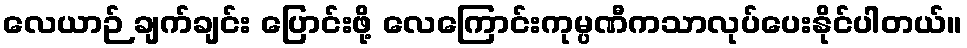
လေယာဉ် ချက်ချင်း ပြောင်းဖို့ လေကြောင်းကုမ္ပဏီကသာလုပ်ပေးနိုင်ပါတယ်။